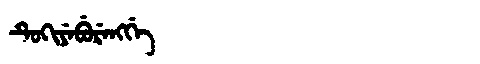
Manchu: ᡨᡠᡴᡳᠶᡝᠪᡠᡵᡝᠩᡤᡝ
Romanization: TUKIYEBURENGGE